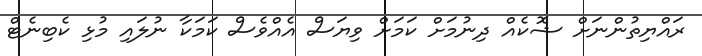
ރައްޔިތުންނަށް ޝޮކެއް ދިނުމަށް ކަމަށް ވިޔަސް އެއްވެސް ކަމަކާ ނުލައި މުޅި ކެބިނެޓް